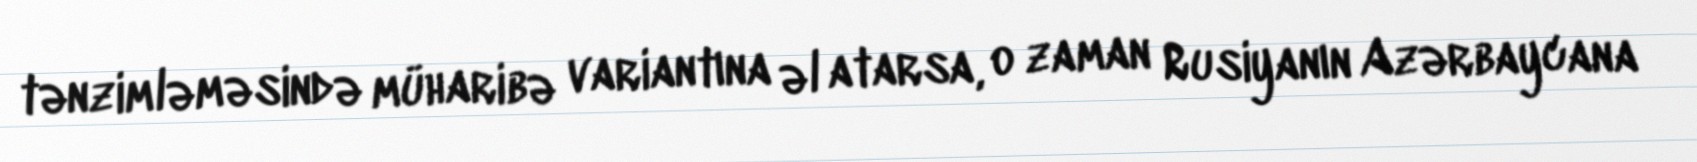
tənzimləməsində müharibə variantına əl atarsa, o zaman Rusiyanın Azərbaycana